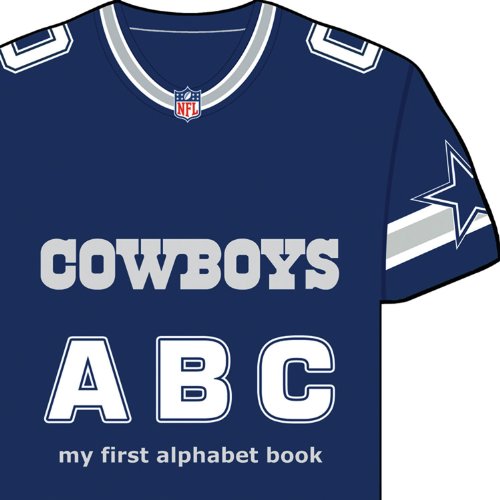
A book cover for Dallas Cowboys ABC (Team Board Books) (My First Alphabet Books (Michaelson Entertainment)); Brad M. Epstein; Children's Books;